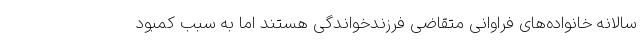
سالانه خانواده‌های فراوانی متقاضی فرزندخواندگی هستند اما به سبب کمبود